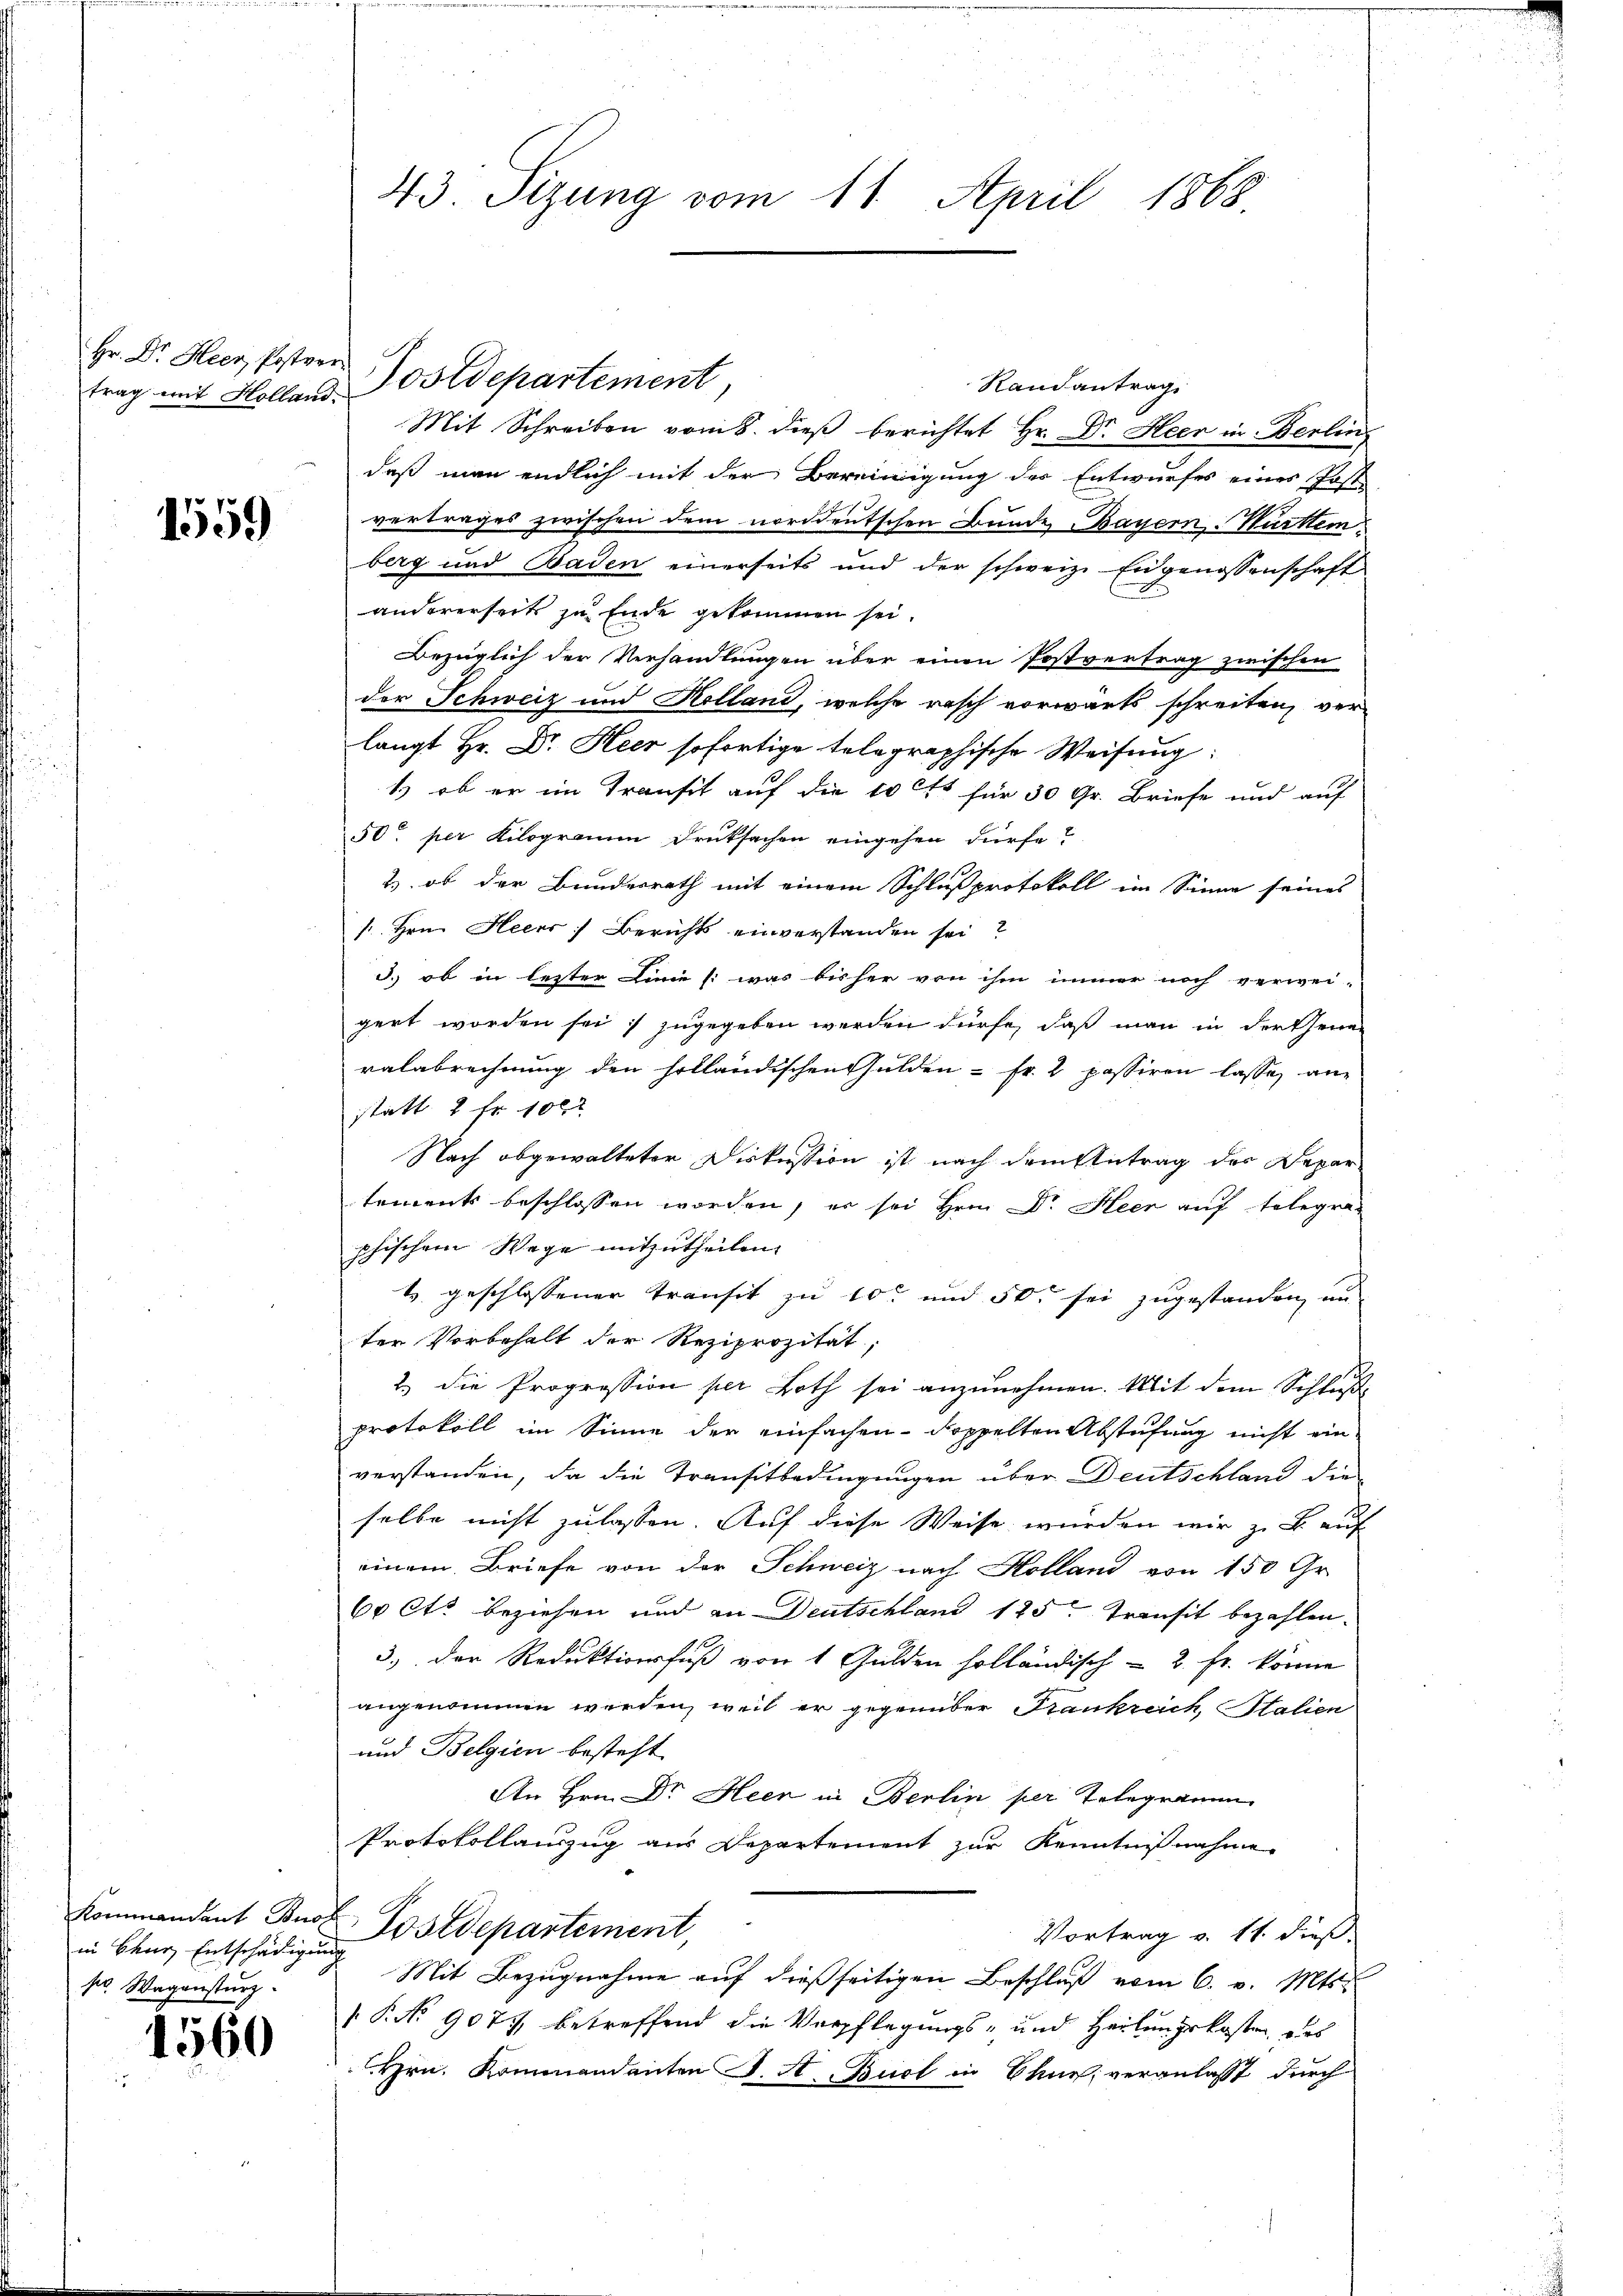
Hr. Dr. Heer, Postver
trag mit Holland.

1559

Kommandant Buo
in Chur, Entschädigung
kr. Wagensturz

1560

43 Sizung vom 11. April 1868

Postdepartement

Randantrag
Mit Schreiben vom 8. dieß berichtet Hr. Dr. Heer in Berlin,
daß man endlich mit der Bereinigung des Entwurfes eines Post
vertrages zwischen dem norddeutschen Bunde Bayern. Württem
berg und Baden einerseits und der schweiz. Eidgenossenschaft
andererseits zu Ende gekommen sei.
Bezüglich der Verhandlungen über einen Postvertrag zwischen
der Schweiz und Kolland, welche rasch vorwärts schreiten, ver-
langt Hr. Dr. Heer sofortige telegraphische Weisung
1) ob er im Transit auf die 10 tt für 30 Gr. Briefe und auf
50. per Kilogramm Drucksachen eingehen dürfe?
& ob der Bundesrath mit einem Schlußprotokoll im Sinne seines
 Hrn. Heers] Berichts einverstanden sei?
3.) ob in letzter Linie (: was bisher von ihm immer noch verwei-
gert worden sei, zugegeben werden dürfe, daß man in der seine
ralabrechnung den holländischen hulden - Fr. 2 passiren lasse, an
statt 2 fr. 100 x
Nach abgewalteter Diskussion ist nach dem Antrag der Depar
tements beschlossen worden, er sei Hrn. Dr. Heer auf telegraphischem Wege mitzutheilen.
t geschlossener Transit zu 10 und 50. sei zugestanden, un
ter Vorbehalt der Reziprozität,
2.) Die Progression per Both sei anzunehmen. Mit dem Schluße
protokoll im Sinne der einfachen - doppelten Abstufung nicht ein
verstanden, da die Transitbedingungen über Deutschland die
selbe nicht zulassen. Auf diese Weise wurden wir z. B. auf
einem Briefe von der Schweiz nach Kolland von 150 Gr.
60 Ott beziehen und an Deutschland 125. Transit bezahlen.
3., der Reduktionsfuß von 1 Gulden holländisch - 2. Fr. könne
angenommen werden, weil er gegenüber Frankreich, Italien
und Belgien besteht.
An Hrn. Dr. Heer in Berlin per Telegramm
Protokollanzug aus Departement zur Kenntnißnahme
Postdepartement
Vortrag v. 11. dieß
Mit Bezugnahme auf dießseitigen Beschluß vom 6. v. Mts.
 P. No 907. betreffend die Verpflegungs- und Heilungskosten des
Hrn. Kommandanten K. A. Buct in Chur, veranlasst durch